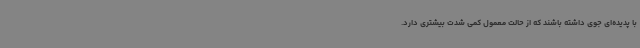
با پدیده‌ای جوی داشته باشند که از حالت معمول کمی شدت بیشتری دارد.